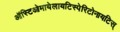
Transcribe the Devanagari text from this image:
ऑस्टिओमायेलायटिस्पेरिटोनायटिस्